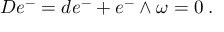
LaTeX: { \cal D } e ^ { - } = d e ^ { - } + e ^ { - } \wedge \omega = 0 \; .